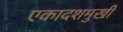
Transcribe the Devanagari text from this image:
एकादशमुखी